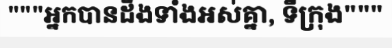
"""អ្នកបានដឹងទាំងអស់គ្នា, ទីក្រុង"""